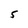
Character: s